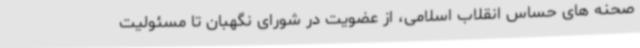
صحنه های حساس انقلاب اسلامی، از عضویت در شورای نگهبان تا مسئولیت